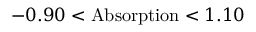
- 0 . 9 0 < \mathrm { A b s o r p t i o n } < 1 . 1 0